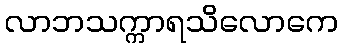
လာဘသက္ကာရသိလောကေ